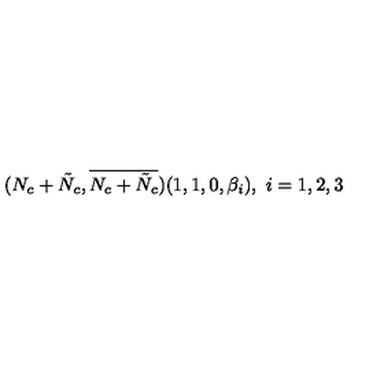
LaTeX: ( N _ { c } + \tilde { N } _ { c } , \overline { { N _ { c } + \tilde { N } _ { c } } } ) ( 1 , 1 , 0 , \beta _ { i } ) , \ i = 1 , 2 , 3